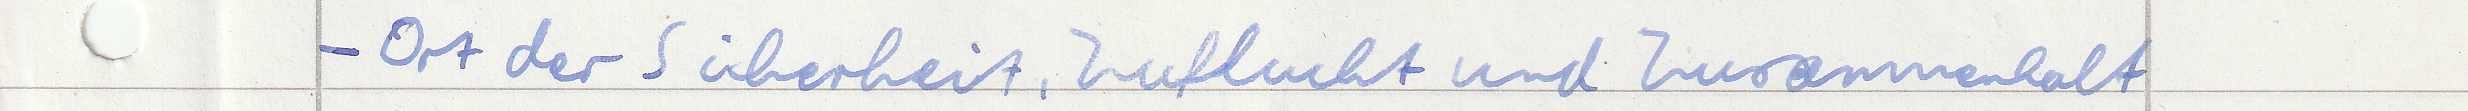
- Ort der Sicherheit, Zuflucht und Zusammenhalt